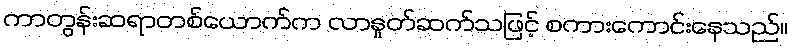
ကာတွန်းဆရာတစ်ယောက်က လာနှုတ်ဆက်သဖြင့် စကားကောင်းနေသည်။